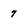
Character: 7